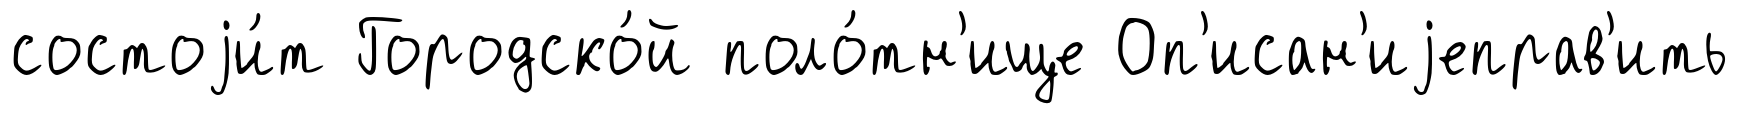
состоjи́т Городско́й поло́тн'ище Оп'исан'иjеправ'ить